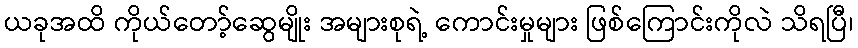
ယခုအထိ ကိုယ်တော့်ဆွေမျိုး အများစုရဲ့ ကောင်းမှုများ ဖြစ်ကြောင်းကိုလဲ သိရပြီ၊